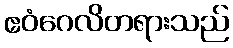
ဧဝံဂေလိတရားသည်